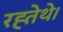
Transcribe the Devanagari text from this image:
रह्तेथे।